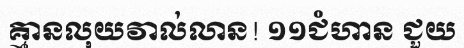
គ្មានលុយវាល់លាន! ១១ជំហាន ជួយ